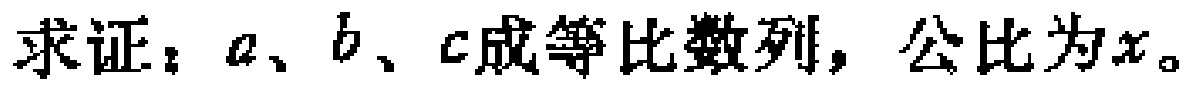
求证：\(a\)、\(b\)、\(c\)成等比数列，公比为\(x\)。